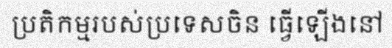
ប្រតិកម្មរបស់ប្រទេសចិន ធ្វើឡើងនៅ